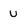
Character: u